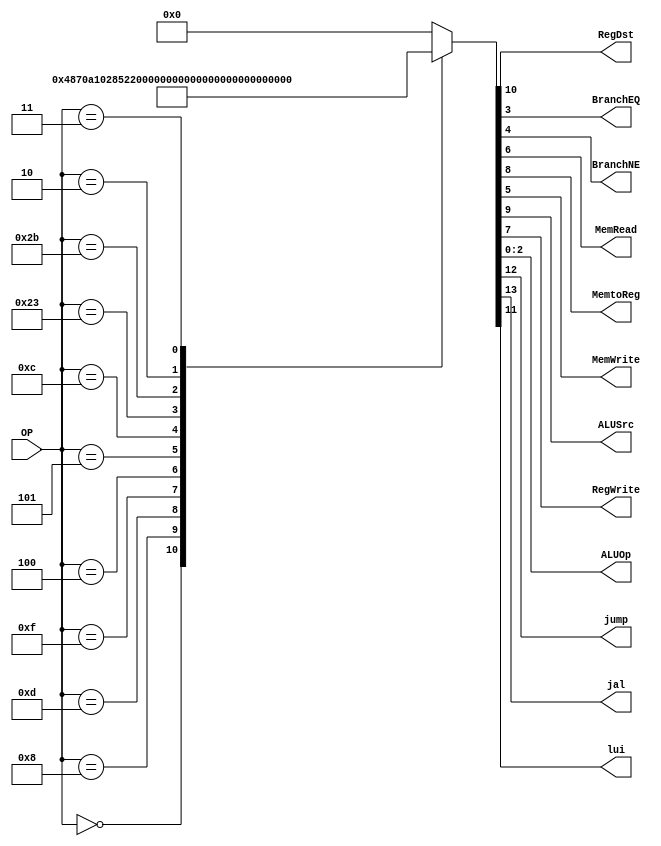
module Control
(
	input [5:0]OP,
	
	output RegDst,
	output BranchEQ,
	output BranchNE,
	output MemRead,
	output MemtoReg,
	output MemWrite,
	output ALUSrc,
	output RegWrite,
	output [2:0]ALUOp,
	output jump,
	output jal,
	output lui
);
localparam R_Type 	 = 0;
localparam I_Type_ADDI =6'h08;
localparam I_Type_ORI = 6'h0D;
localparam I_Type_LUI = 6'h0F;
localparam I_Type_BEQ = 6'h04;
localparam I_Type_ANDI =6'h0c;
localparam I_Type_BNE = 6'h05;

localparam I_Type_LW = 6'h023;
localparam I_Type_SW = 6'h02b;

localparam J_Type_J	 = 6'h02;
localparam J_Type_JAL = 6'h03;

reg [13:0] ControlValues;

always@(OP) begin
	casex(OP)
		R_Type:       	ControlValues= 14'b000_1_001_00_00_111;
		
		I_Type_ADDI:   ControlValues= 14'b000_0_101_00_00_100;
		I_Type_ORI:    ControlValues= 14'b000_0_101_00_00_101;
		I_Type_LUI:    ControlValues= 14'b001_0_001_00_00_000;
		
		I_Type_BEQ:		ControlValues= 14'b000_0_000_00_01_000;
		I_Type_BNE:		ControlValues= 14'b000_0_000_00_10_000;//aluop=0
		
		I_Type_ANDI:	ControlValues= 14'b000_0_101_00_00_011;
		
		I_Type_LW: 		ControlValues= 14'b000_0_111_10_00_010;
		I_Type_SW:		ControlValues= 14'b000_0_100_01_00_110;
		
		J_Type_J:		ControlValues= 14'b010_0_000_00_00_000;
		J_Type_JAL:		ControlValues= 14'b110_0_001_00_00_000;
		
		default:
			ControlValues= 14'b0;
		endcase
end	
	
assign jal		 =	ControlValues[13];		
assign jump		 =	ControlValues[12];	
assign lui 		 = ControlValues[11];

assign RegDst =   ControlValues[10];

assign ALUSrc =   ControlValues[9];
assign MemtoReg = ControlValues[8];
assign RegWrite = ControlValues[7];

assign MemRead =  ControlValues[6];
assign MemWrite = ControlValues[5];

assign BranchNE = ControlValues[4];
assign BranchEQ = ControlValues[3];

assign ALUOp =    ControlValues[2:0];	

endmodule